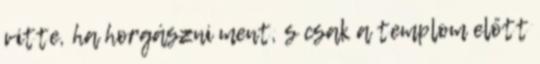
vitte, ha horgászni ment, s csak a templom előtt